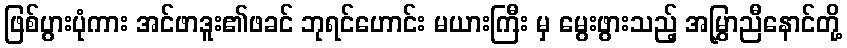
ဖြစ်ပွားပုံကား အင်ဖာဒူး၏ဖခင် ဘုရင်ဟောင်း မယားကြီး မှ မွေးဖွားသည့် အမြွှာညီနောင်တို့